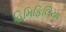
હિમિફિલિયા